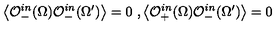
\left< \mathcal { O } _ { - } ^ { i n } ( \Omega ) \mathcal { O } _ { - } ^ { i n } ( \Omega ^ { \prime } ) \right> = 0 \ , \left< \mathcal { O } _ { + } ^ { i n } ( \Omega ) \mathcal { O } _ { - } ^ { i n } ( \Omega ^ { \prime } ) \right> = 0